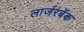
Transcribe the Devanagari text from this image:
लार्जरबॅक